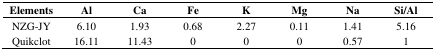
<table><thead><tr><td><b>Elements</b></td><td><b>Al</b></td><td><b>Ca</b></td><td><b>Fe</b></td><td><b>K</b></td><td><b>Mg</b></td><td><b>Na</b></td><td><b>Si/Al</b></td></tr></thead><tbody><tr><td>NZG-JY</td><td>6.10</td><td>1.93</td><td>0.68</td><td>2.27</td><td>0.11</td><td>1.41</td><td>5.16</td></tr><tr><td>Quikclot</td><td>16.11</td><td>11.43</td><td>0</td><td>0</td><td>0</td><td>0.57</td><td>1</td></tr></tbody></table>